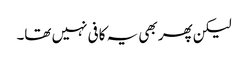
لیکن پھر بھی یہ کافی نہیں تھا۔